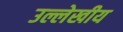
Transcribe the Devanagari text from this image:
उल्लेखीय